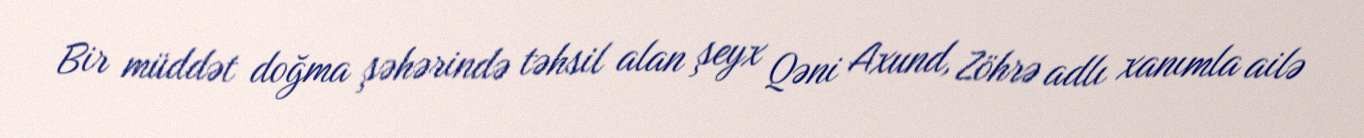
Bir müddət doğma şəhərində təhsil alan şeyx Qəni Axund, Zöhrə adlı xanımla ailə